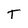
Character: T